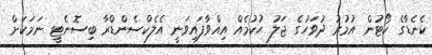
ކެނެޑާގެ ކޯޓުން އުމުރު ދުވަހުގެ ޖަލު ޙުކުމެއް އިއްވާފައިވަނީ އެލެކްސެންޑްރާ ބިސޮނެޓީ ނަމަކަށް